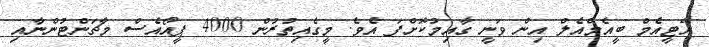
އޭޓީއެމް ބީއެމްއެލް އިން ވަނީ ގާއިމުކޮށްފަ އެވެ. މީގެއިތުރުން 4000 ޕީއޯއެސް މާޗަންޓުންނާއި